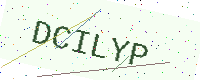
Text: DCILYP